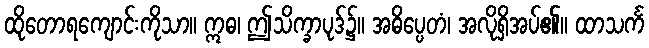
ထိုတောရကျောင်းကိုသာ။ ဣဓ၊ ဤသိက္ခာပုဒ်၌။ အဓိပ္ပေတံ၊ အလိုရှိအပ်၏။ ထာသင်္က